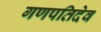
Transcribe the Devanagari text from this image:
गणपतिदेव